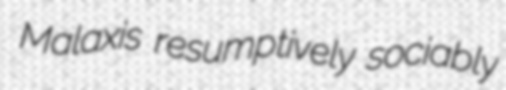
Malaxis resumptively sociably